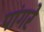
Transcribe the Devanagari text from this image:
पांगरे